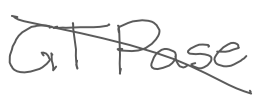
Text: GTPase
Cross-out: diagonal
Writing tool: digital_gray